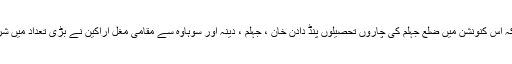
یاد رہے کہ اس کنونشن میں ضلع جہلم کی چاروں تحصیلوں پنڈ دادن خان ، جہلم ، دینہ اور سوہاوہ سے مقامی مغل اراکین نے بڑی تعداد میں شرکت کی ۔